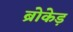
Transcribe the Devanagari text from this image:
ब्रोकेड़